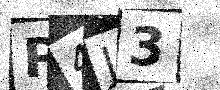
Text: P4J3